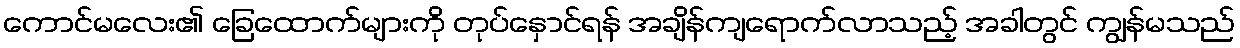
ကောင်မလေး၏ ခြေထောက်များကို တုပ်နှောင်ရန် အချိန်ကျရောက်လာသည့် အခါတွင် ကျွန်မသည်